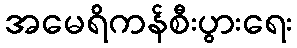
အမေရိကန်စီးပွားရေး